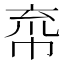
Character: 𢂙